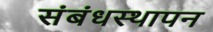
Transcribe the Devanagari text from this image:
संबंधस्थापन